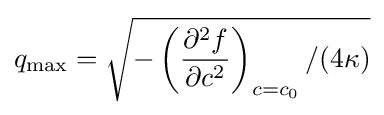
q_{\rm {max}}={\sqrt {-\left({\frac {\partial ^{2}f}{\partial c^{2}}}\right)_{c=c_{0}}/(4\kappa )}}